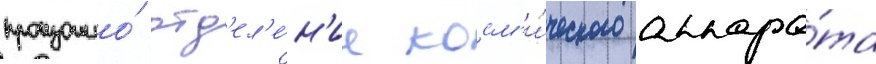
произошло́ отд'ел'е́н'ие косм'и́ческого аппара́та